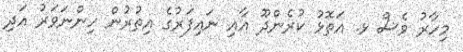
މިހާރު ވެސް ޅ. އަތޮޅު ކުރެންދޫ އާއި ނައިފަރުގެ އިތުރުން ހިންނަވަރު އަދި